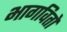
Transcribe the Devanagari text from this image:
भागवितो